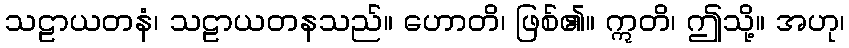
သဠာယတနံ၊ သဠာယတနသည်။ ဟောတိ၊ ဖြစ်၏။ ဣတိ၊ ဤသို့။ အဟု၊